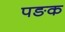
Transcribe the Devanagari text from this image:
पङक